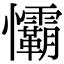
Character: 𢥻